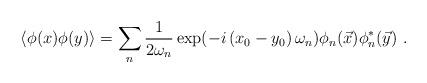
LaTeX: \begin{align*}\left\langle \phi (x)\phi (y)\right\rangle =\sum_{n}\frac{1}{2\omega _{n}}\exp (-i\left( x_{0}-y_{0}\right) \omega _{n})\phi _{n}(\vec{x})\phi_{n}^{*}(\vec{y})\ . \end{align*}